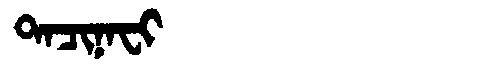
Manchu: ᡨᠠᠴᡳᠨᠠᠸᡳ
Romanization: TACINAFI